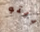
بيتو